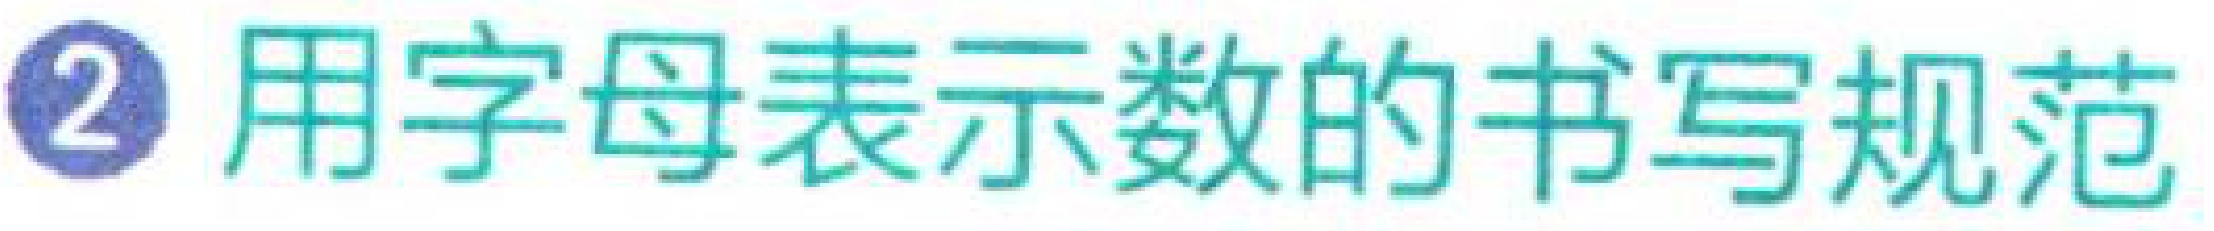
\textcircled{2} 用字母表示数的书写规范